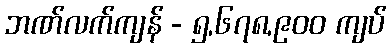
ဘဏ်လက်ကျန် - ၅,၆၇၈,၉၀၀ ကျပ်